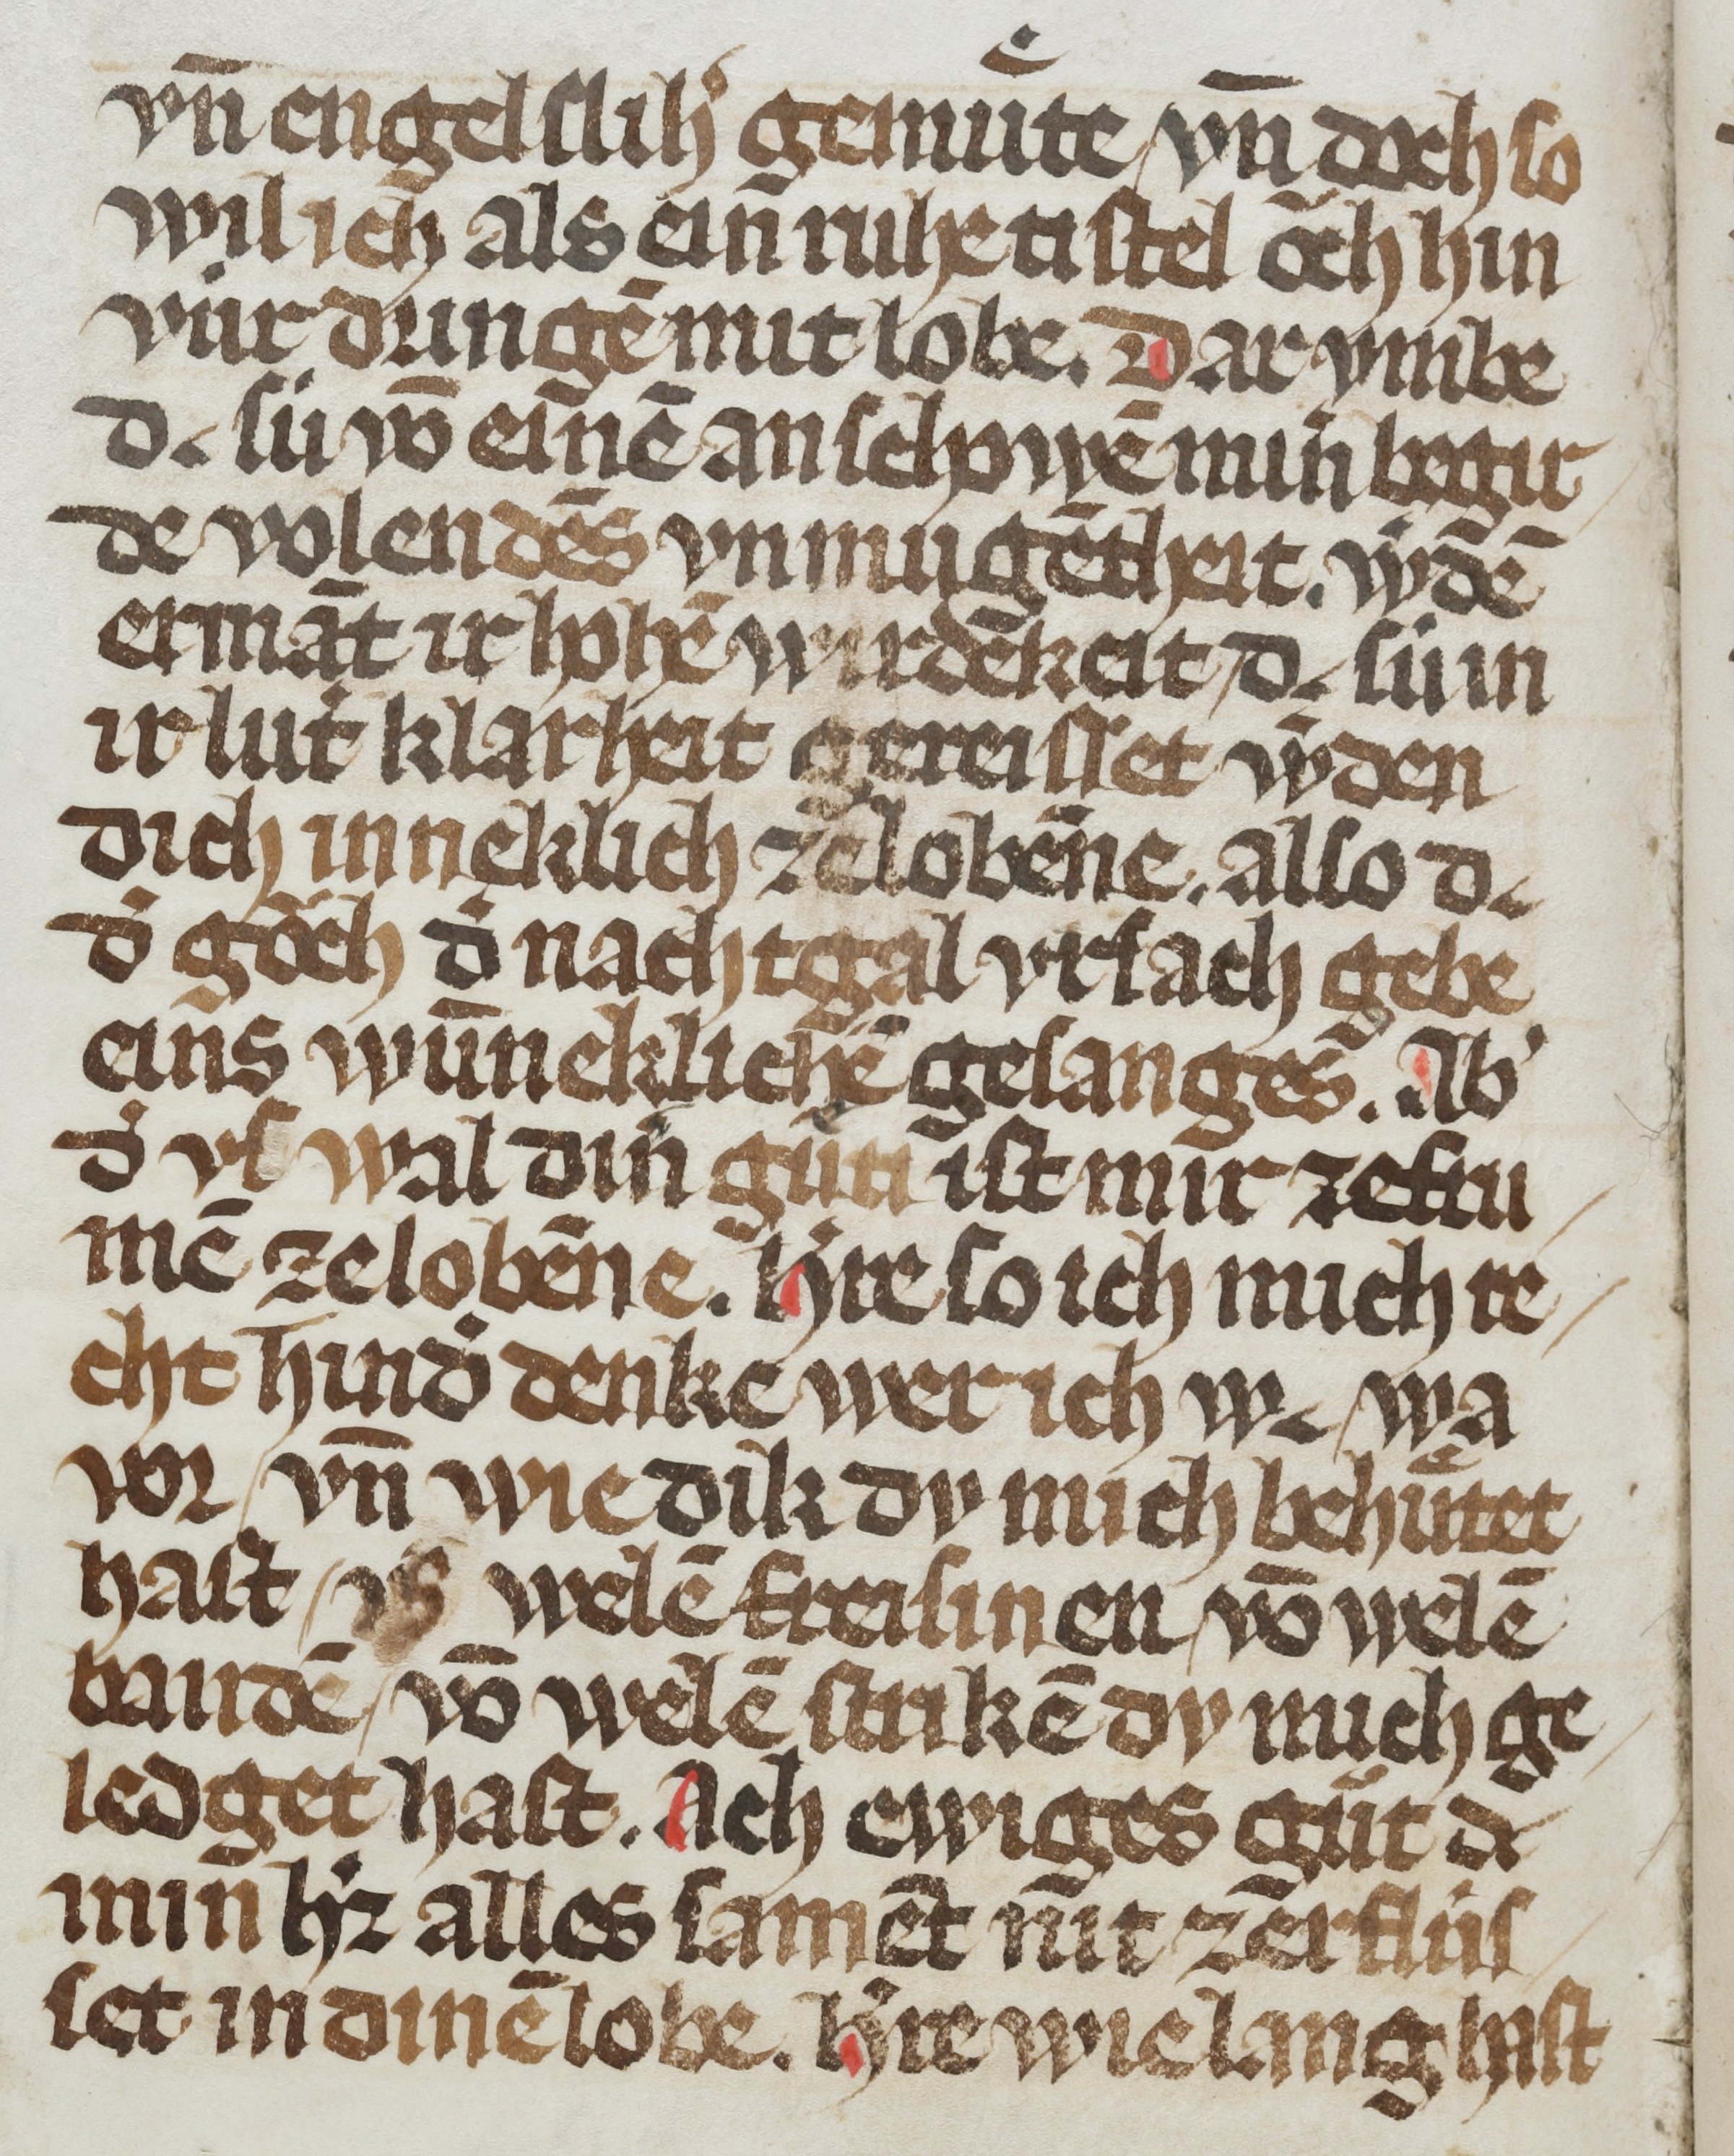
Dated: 1300–1399